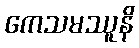
ကေသမဿူနိ